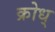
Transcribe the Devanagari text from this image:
क्रोध्